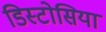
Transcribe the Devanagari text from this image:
डिस्टोसिया